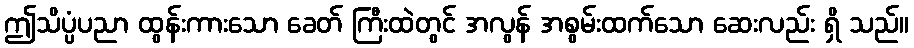
ဤသိပ္ပံပညာ ထွန်းကားသော ခေတ် ကြီးထဲတွင် အလွန် အစွမ်းထက်သော ဆေးလည်း ရှိ သည်။